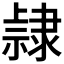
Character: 𨽾